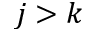
j > k